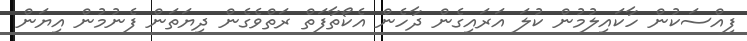
ފިއްސަކުން ހާކައިލުމުން ކުލަ އަރައިގެން ދާހެން އެކޯތާފަތް ރަތްވެގެން ދިޔަތަން ފެނުމުން އިޔަން